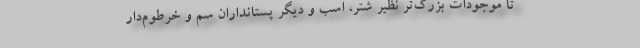
تا موجودات بزرگ‌تر نظیر شتر، اسب و دیگر پستانداران سم و خرطوم‌دار